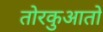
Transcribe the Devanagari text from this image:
तोरकुआतो